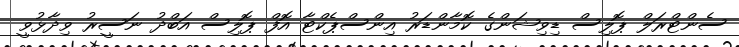
ސެންޓްރަލް ޕޮލިސް ޑިވިޝަންގެ ކޮމާންޑަރު އިންސްޕެކްޓާ އޮފް ޕޮލިސް އަބްދު ނަސީރު ވިދާޅުވީ